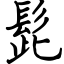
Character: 髭